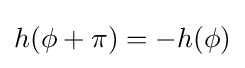
h(\phi +\pi )=-h(\phi )